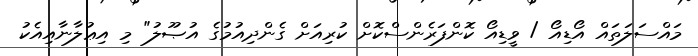
މައްސަލަތައް އޯޑިއޯ / ވީޑިއޯ ކޮންފަރެންސްކޮށް ކުރިއަށް ގެންދިއުމުގެ އުޞޫލު" މި އިޢުލާނާއިއެކު